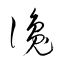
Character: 讒